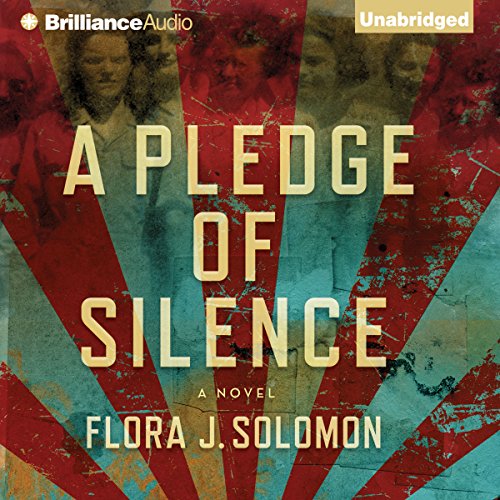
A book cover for A Pledge of Silence; Flora J. Solomon; Literature & Fiction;